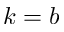
k = b